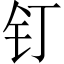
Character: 钉